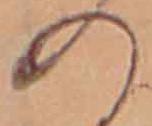
の